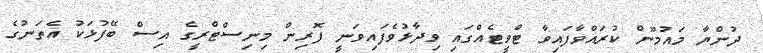
ދުންޔާ މައުމޫން ކުރައްވާފައިވާ ޓްވީޓެއްގައި ވިދާޅުވެފައިވަނީ ފޮރިން މިނިސްޓްރީގެ އިސް ބޭފުޅަކު އެތަނުގެ